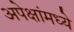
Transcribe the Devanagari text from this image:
अपेक्षांमध्ये